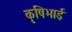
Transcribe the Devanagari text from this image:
कृषिभाई